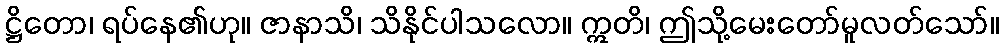
ဋ္ဌိတော၊ ရပ်နေ၏ဟု။ ဇာနာသိ၊ သိနိုင်ပါသလော။ ဣတိ၊ ဤသို့မေးတော်မူလတ်သော်။